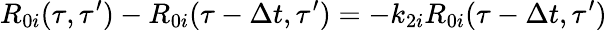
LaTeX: R_{0i}(\tau,\tau^{\prime})-R_{0i}(\tau-\Delta t,\tau^{\prime})=-k_{2i}R_{0i}(\tau-\Delta t,\tau^{\prime})